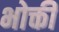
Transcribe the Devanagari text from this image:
भोक्ती